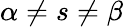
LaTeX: \alpha\neq s\neq\beta